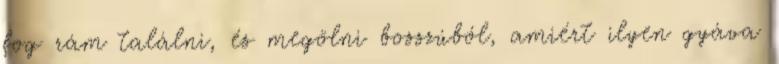
fog rám találni, és megölni bosszúból, amiért ilyen gyáva